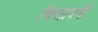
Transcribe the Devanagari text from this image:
चिसापनी